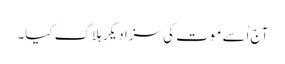
آج اُسے موت کی سزا دیکر ہلاک کیا۔